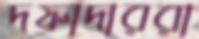
দফাদাররা